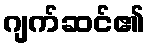
ဂျက်ဆင်၏